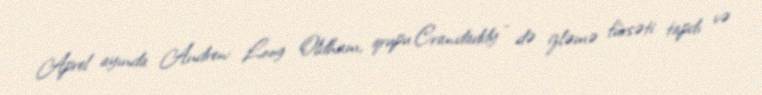
Aprel ayında Andrew Loog Oldham, qrupu Crawdaddy - də izləmə fürsəti tapdı və